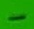
Text: -